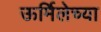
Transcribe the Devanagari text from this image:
ऊर्मिलेच्या